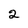
Character: 2